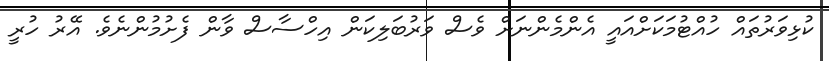
ކުޅިވަރުތައް ހުއްޓުމަކަށްއައީ އެންމެންނަށް ވެސް ވަރުބަލިކަން އިހްސާސް ވާން ފެށުމުންނެވެ. އޭރު ހުރީ